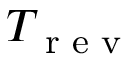
T _ { \textrm { r e v } }